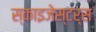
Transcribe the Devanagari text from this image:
स्काइजेस्टर्स